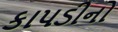
કાપડીનો